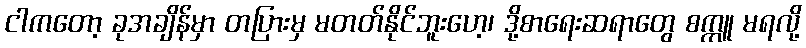
ငါကတော့ ခုအချိန်မှာ တပြားမှ မတတ်နိုင်ဘူးဟေ့၊ ဒို့စာရေးဆရာတွေ စက္ကူ မရလို့